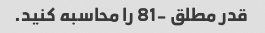
قدر مطلق -81 را محاسبه کنید.